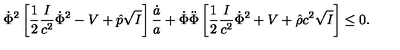
\dot { \Phi } ^ { 2 } \left[ { \frac { 1 } { 2 } } { \frac { I } { c ^ { 2 } } } \dot { \Phi } ^ { 2 } - V + \hat { p } \sqrt { I } \right] { \frac { \dot { a } } { a } } + \dot { \Phi } \ddot { \Phi } \left[ { \frac { 1 } { 2 } } { \frac { I } { c ^ { 2 } } } \dot { \Phi } ^ { 2 } + V + \hat { \rho } c ^ { 2 } \sqrt { I } \right] \leq 0 .